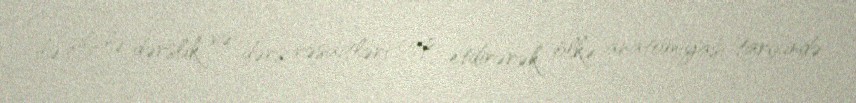
ilə silsilə dərslik və dərs vəsaitləri çap etdirərək ölkə anatomiyası tarixində